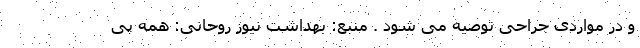
و در مواردی جراحی توصیه می شود . منبع: بهداشت نیوز روحانی: همه پی